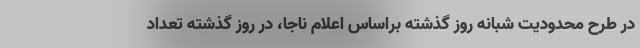
در طرح محدودیت شبانه روز گذشته براساس اعلام ناجا، در روز گذشته تعداد